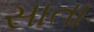
સાતા